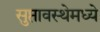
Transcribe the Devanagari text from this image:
सुप्तावस्थेमध्ये